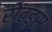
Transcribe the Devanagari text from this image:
रोंटड्स